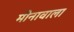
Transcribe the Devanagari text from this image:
मीनावाला